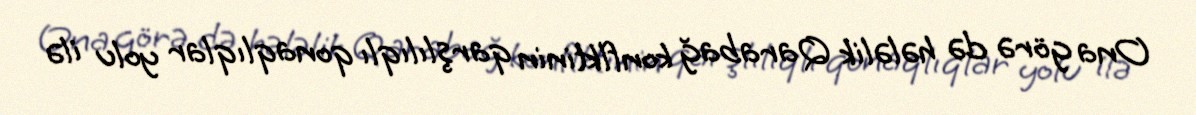
Ona görə də hələlik Qarabağ konflktinin qarşlılıqlı qonaqlıqlar yolu ilə